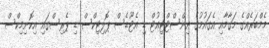
މެމްބަރެއްގެ މަގާމާއި އެގައުމުގެ އިންސްޓްޓިއުޓް ޑި އެޓޫޑެސް ޕޮލިޓިކްސް ޑި ޕެރިސްގައި އިކޮނިމިކްސް